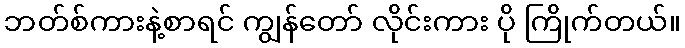
ဘတ်စ်ကားနဲ့စာရင် ကျွန်တော် လိုင်းကား ပို ကြိုက်တယ်။